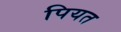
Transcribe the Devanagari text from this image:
पियत